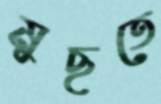
মুছতে